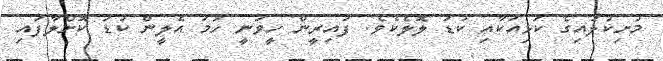
މުށިކުލައިގެ ކަޅިއަކާއި ކުޑަ ލޮލެކެވެ. ފައިރީން ހީވަނީ ހަމަ އެލީން ކުޑަ ކޮށްލާފައި